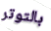
بالتوتر